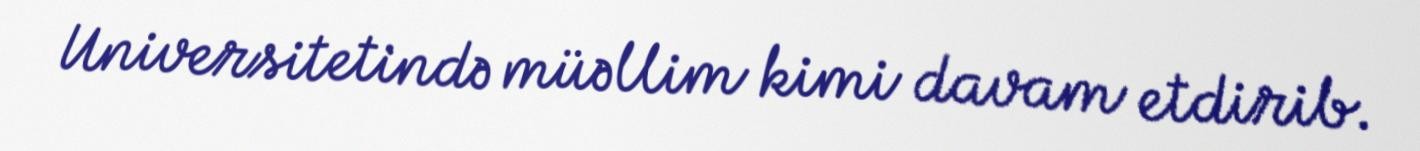
Universitetində müəllim kimi davam etdirib.